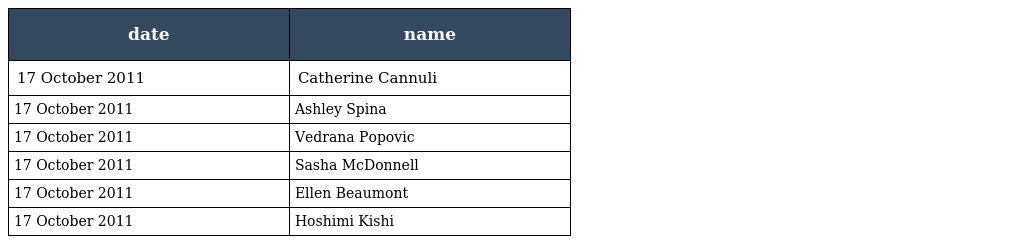
| date | name |
 | --- | --- |
 | 17 October 2011 | Catherine Cannuli |
 | 17 October 2011 | Ashley Spina |
 | 17 October 2011 | Vedrana Popovic |
 | 17 October 2011 | Sasha McDonnell |
 | 17 October 2011 | Ellen Beaumont |
 | 17 October 2011 | Hoshimi Kishi |